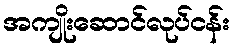
အကျိုးဆောင်လုပ်ငန်း